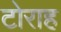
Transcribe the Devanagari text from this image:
टोराह